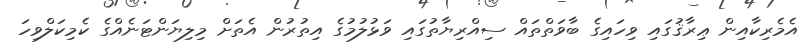
އެމެރިކާއިން ޢިރާޤުގައި ވިހައިގެ ބާވަތްތައް ސިއްރިޔާތުގައި ވަޅުލުމުގެ އިތުރުން އެތަށް މިލިޔަންޓަނެއްގެ ކެމިކަލްވިހަ